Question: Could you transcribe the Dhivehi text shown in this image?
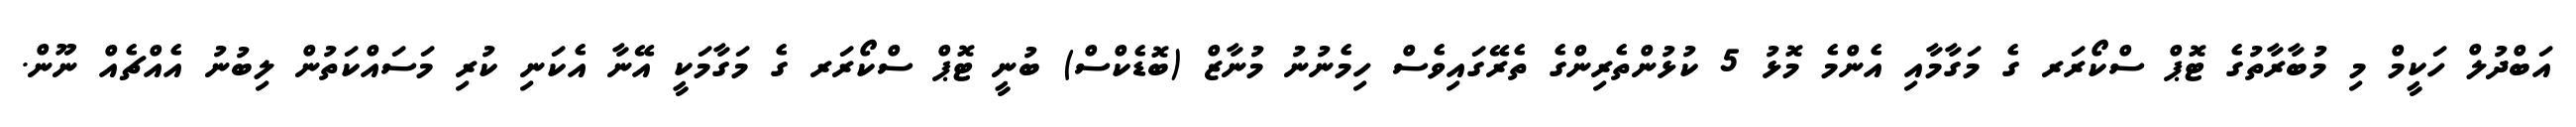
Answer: އަބްދުލް ހަކީމް މި މުބާރާތުގެ ޓޮޕް ސްކޯރަރ ގެ މަގާމާއި އެންމެ މޮޅު 5 ކުޅުންތެރިންގެ ތެރޭގައިވެސް ހިމެނުނު މުނާޒް (ބޮޑެކްސް) ބުނީ ޓޮޕް ސްކޯރަރ ގެ މަގާމަކީ އޭނާ އެކަނި ކުރި މަސައްކަތުން ލިބުނު އެއްޗެއް ނޫން.